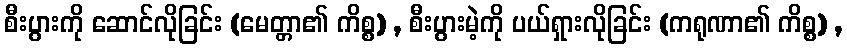
စီးပွားကို ဆောင်လိုခြင်း (မေတ္တာ၏ ကိစ္စ) , စီးပွားမဲ့ကို ပယ်ရှားလိုခြင်း (ကရုဏာ၏ ကိစ္စ) ,